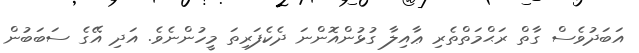
އަބަދުވެސް ގާތް ރަޙްމަތްތެރި ޢާއިލާ ގުޅުންއޮންނަ ދެކެފަރިތަ މީހުންނެވެ. އަދި އޭގެ ސަބަބުން